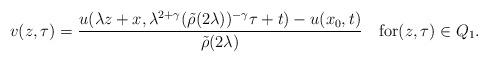
LaTeX: \begin{align*}v(z,\tau)=\frac{u(\lambda z+x,\lambda^{2+\gamma} (\tilde\rho(2\lambda))^{-\gamma}\tau+t)-u(x_0,t)}{\tilde\rho(2\lambda)}\quad\mbox{for}(z,\tau)\in Q_1.\end{align*}